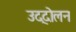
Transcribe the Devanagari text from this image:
उद्दोलन